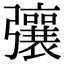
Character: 𢐿